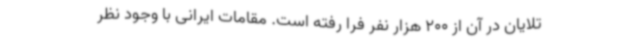
تلایان در آن از 200 هزار نفر فرا رفته است. مقامات ایرانی با وجود نظر